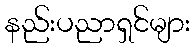
နည်းပညာရှင်များ